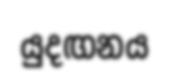
යුදඟනය